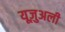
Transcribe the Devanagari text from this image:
यूज़ुअली